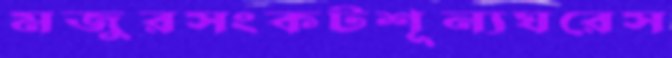
মজুরসংকটশূন্যঘরেস